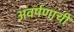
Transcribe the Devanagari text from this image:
अवर्षणाची